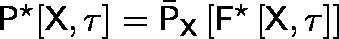
\mathsf { P } ^ { \star } [ \mathsf { X } , \mathsf { \tau } ] = \bar { \mathsf { P } } _ { \mathsf { X } } \left[ \mathsf { F } ^ { \star } \left[ \mathsf { X } , \tau \right] \right]